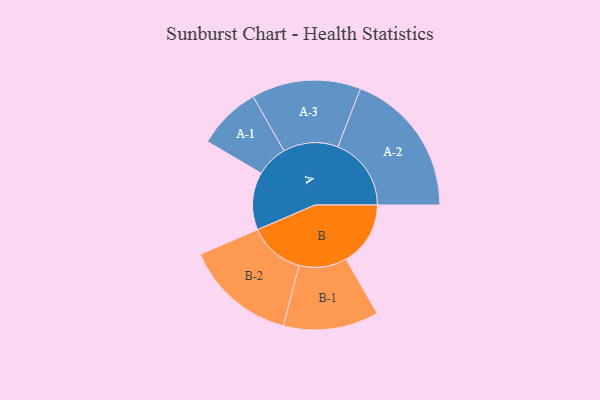
{"axis": {"x": "Segment", "y": "Value"}, "legend": ["", "A", "B"], "data": [{"x": "A", "y": 221, "type": ""}, {"x": "B", "y": 247, "type": ""}, {"x": "A-1", "y": 122, "type": "A"}, {"x": "A-2", "y": 282, "type": "A"}, {"x": "A-3", "y": 210, "type": "A"}, {"x": "B-1", "y": 183, "type": "B"}, {"x": "B-2", "y": 214, "type": "B"}]}